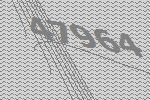
47964